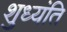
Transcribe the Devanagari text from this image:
शुध्यंति